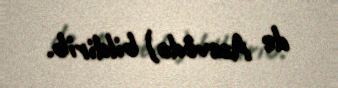
de Azevêdo) bildirib.